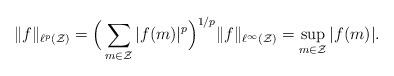
LaTeX: \begin{align*} \|f\|_{\ell^p(\mathcal Z)}=\Big(\sum_{m\in\mathcal Z}|f(m)|^p\Big)^{1/p} \|f\|_{\ell^{\infty}(\mathcal Z)}=\sup_{m\in\mathcal Z}|f(m)|.\end{align*}